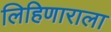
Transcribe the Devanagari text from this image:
लिहिणाराला